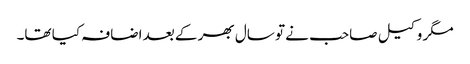
مگر وکیل صاحب نے تو سال بھر کے بعد اضافہ کیا تھا۔